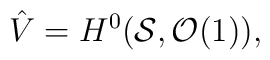
\hat{V}= H^{0}({\cal S}, {\cal O}(1)),